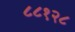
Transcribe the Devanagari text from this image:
८८१२८